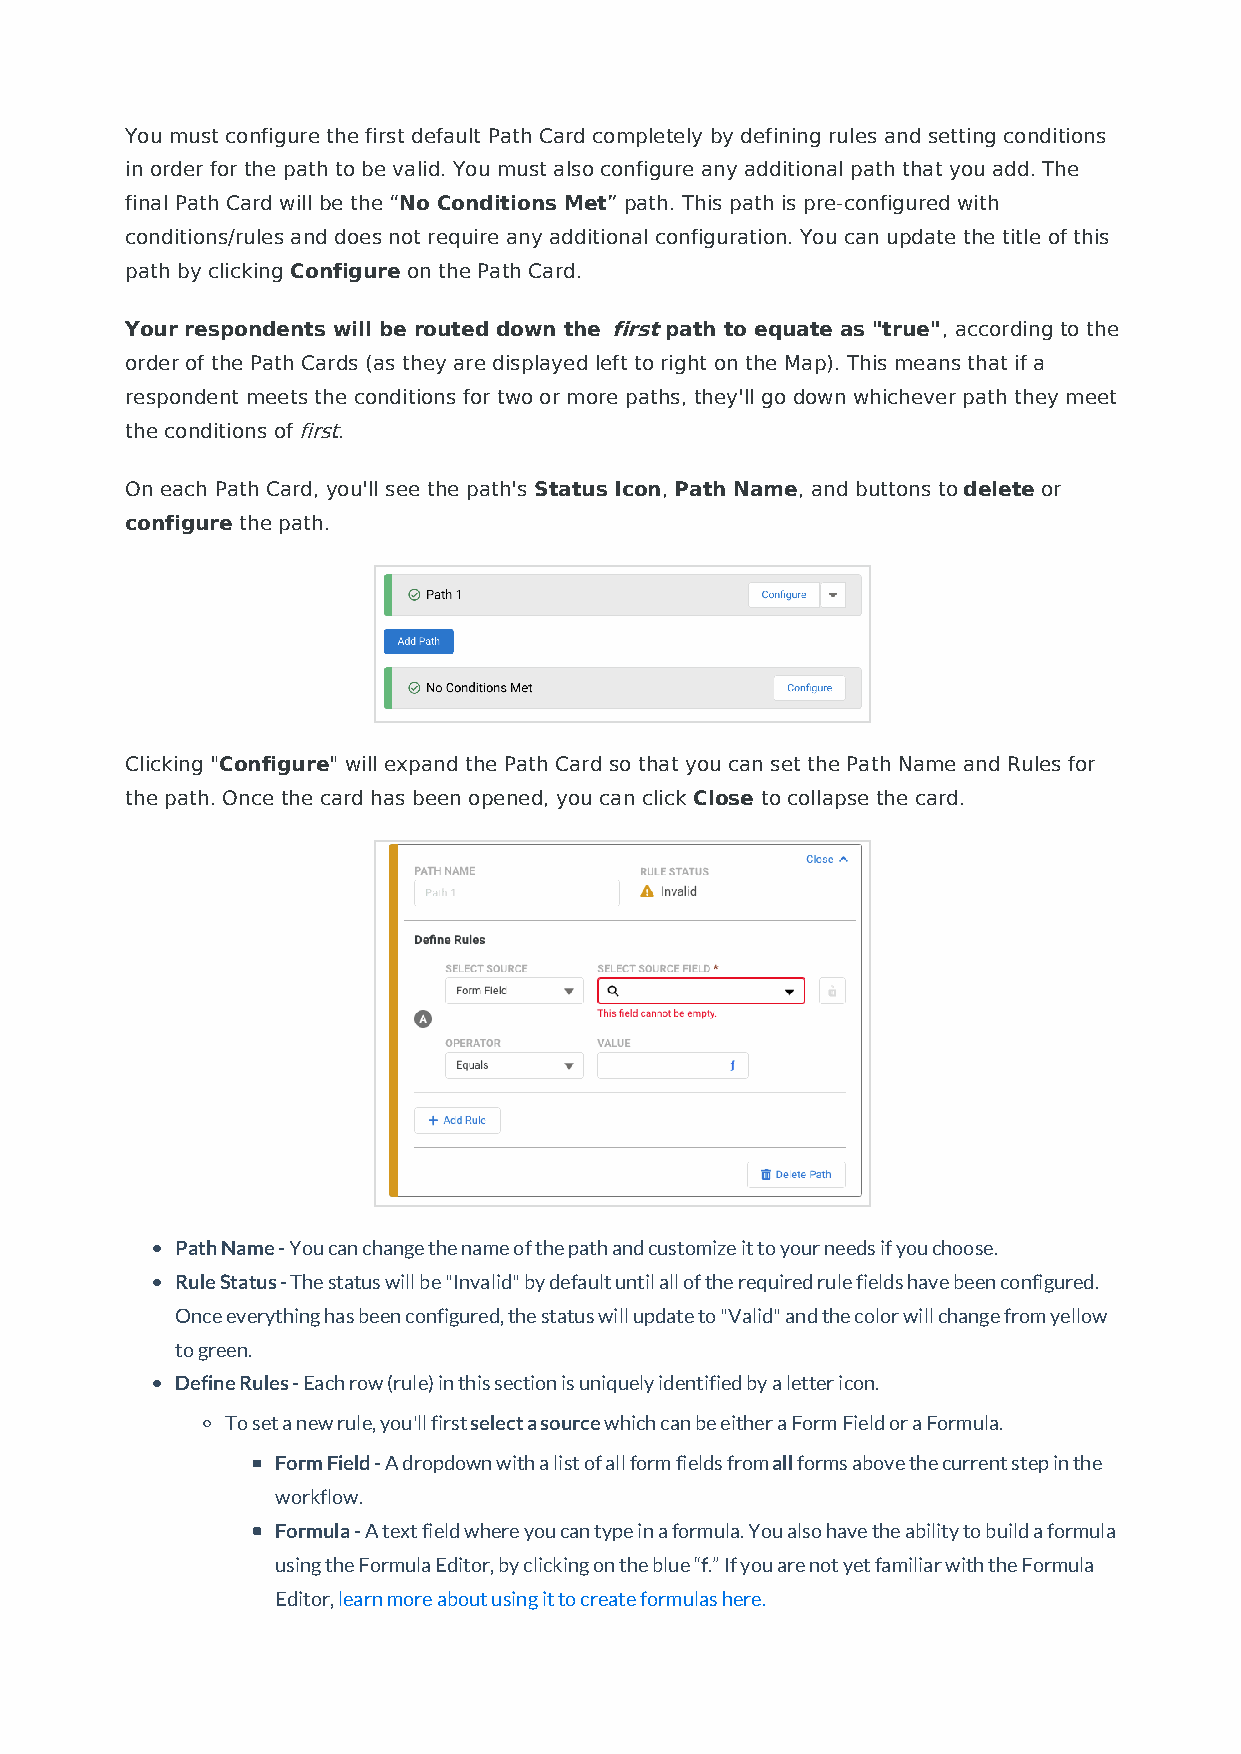
You must configure the first default Path Card completely by defining rules and setting conditions
 in order for the path to be valid. You must also configure any additional path that you add. The
 final Path Card will be the “No Conditions Met” path. This path is pre-configured with
 conditions/rules and does not require any additional configuration. You can update the title of this
 path by clicking Configure on the Path Card.
 Your respondents will be routed down the first path to equate as "true", according to the
 order of the Path Cards (as they are displayed left to right on the Map). This means that if a
 respondent meets the conditions for two or more paths, they'll go down whichever path they meet
 the conditions of first.
 On each Path Card, you'll see the path's Status Icon, Path Name, and buttons to delete or
 configure the path.
 Clicking "Configure" will expand the Path Card so that you can set the Path Name and Rules for
 the path. Once the card has been opened, you can click Close to collapse the card.
 Path Name - You can change the name of the path and customize it to your needs if you choose.
 Rule Status - The status will be "Invalid" by default until all of the required rule fields have been configured.
 Once everything has been configured, the status will update to "Valid" and the color will change from yellow
 to green.
 Define Rules - Each row (rule) in this section is uniquely identified by a letter icon.
 To set a new rule, you'll first select a source which can be either a Form Field or a Formula.
 Form Field - A dropdown with a list of all form fields from all forms above the current step in the
 workflow.
 Formula - A text field where you can type in a formula. You also have the ability to build a formula
 using the Formula Editor, by clicking on the blue “f.” If you are not yet familiar with the Formula
 Editor, learn more about using it to create formulas here.